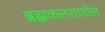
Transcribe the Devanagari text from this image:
ब्रह्मकलशातील